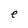
Character: e